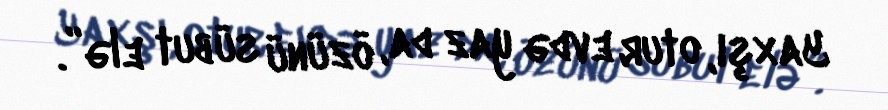
Yaxşı, otur evdə yaz da, özünü sübut elə”.